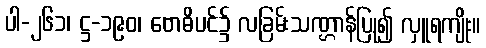
ပါ-၂၆၁၊ ဋ္ဌ-၁၉၀၊ ဗောဓိပင်၌ လခြမ်းသဏ္ဌာန်ပြု၍ လှူရကျိုး။